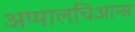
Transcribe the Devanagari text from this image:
अप्पालचिआन्स